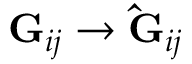
\mathbf { G } _ { i j } \rightarrow \mathbf { \hat { G } } _ { i j }